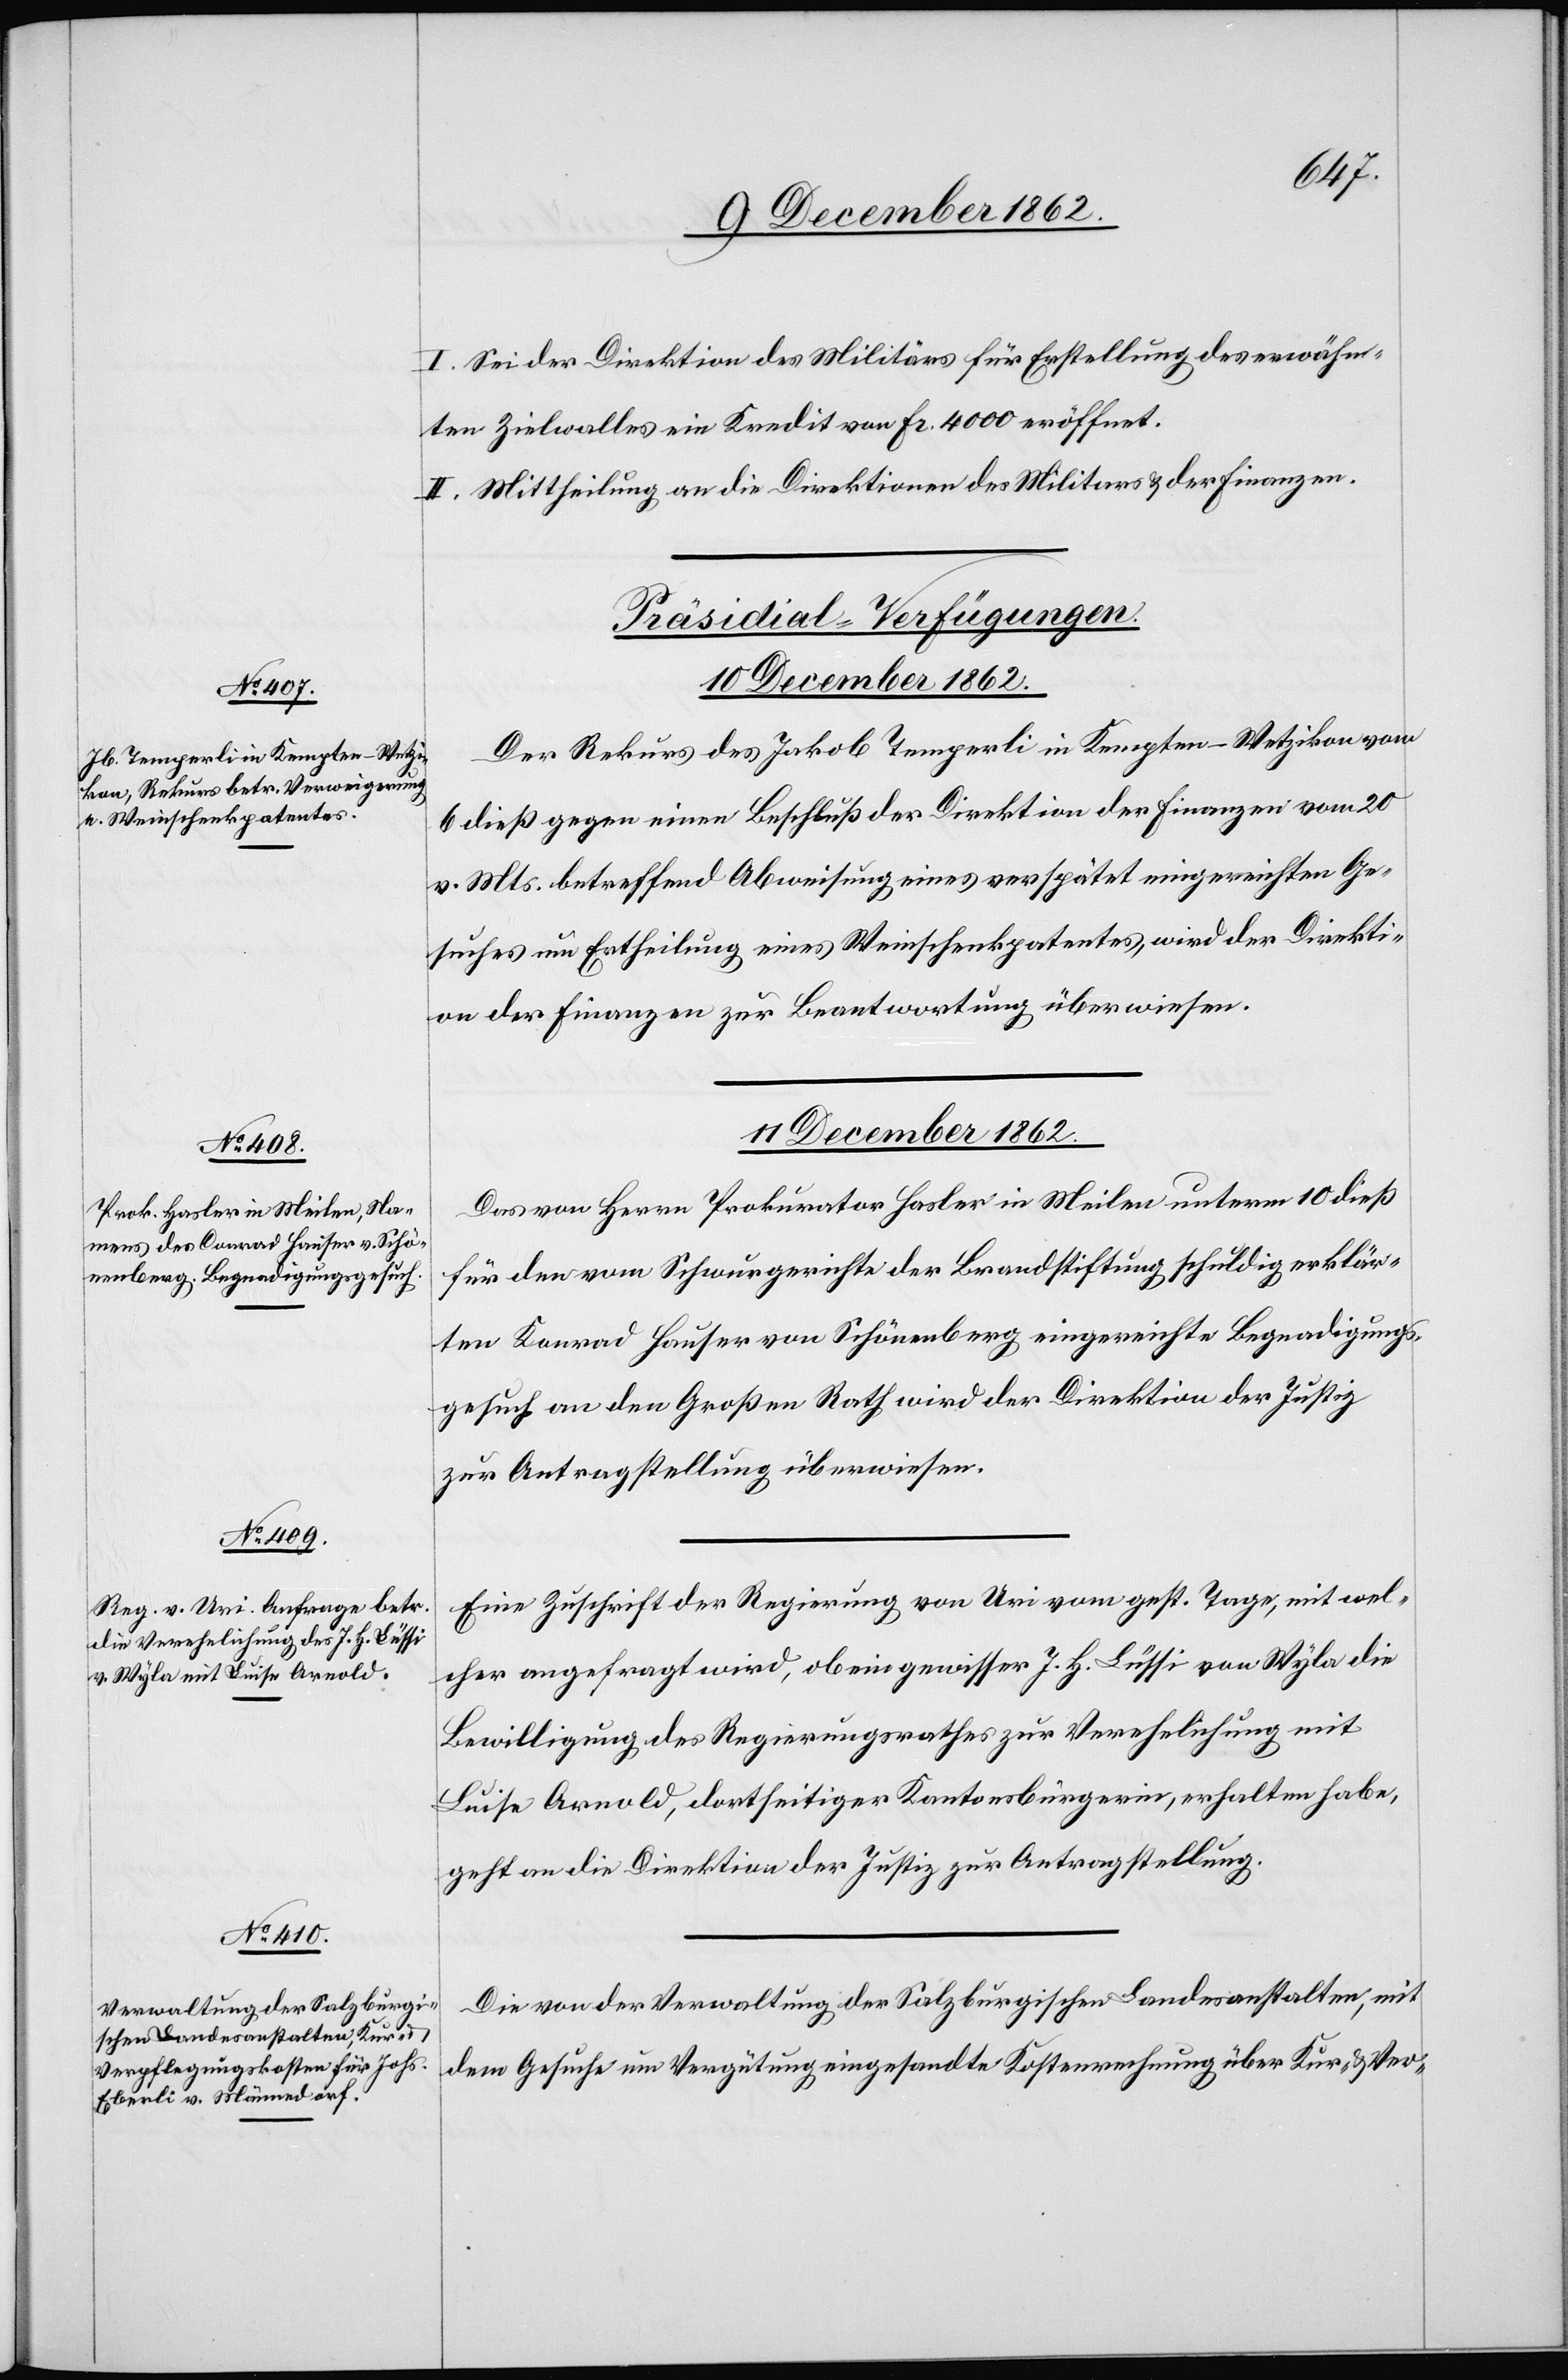
11. December 1862.]
I. Sei der Direktion des Militärs für Erstellung des erwähn¬
ten Zielwales ein Kredit von Fr. 4000 eröffnet.
II. Mittheilung an die Direktionen des Militärs u. der Finanzen.
[Präsidial-Verfügungen.
10. December 1862.
Der Rekurs des Jakob Temperli in Kempten-Wetzikon vom
6. dieß gegen einen Beschluß der Direktion der Finanzen vom 20.
v. Mts. betreffend Abweisung eines verspätet eingereichten Ge¬
suches um Ertheilung eines Weinschenkpatentes, wird der Direkti¬
on der Finanzen zur Beantwortung überwiesen.
11. December 1862.
Das von Herrn Prokurator Hasler in Meilen unterm 10. dieß
für den vom Schwurgerichte der Brandstiftung schuldig erklär¬
ten Konrad Hauser von Schönenberg eingereichte Begnadigungs¬
gesuch an den Großen Rath wird der Direktion der Justiz
zur Antragstellung überwiesen.
Eine Zuschrift der Regierung von Uri vom gest. Tage, mit wel¬
cher angefragt wird, ob ein gewisser J. H. Lüssi von Wyla die
Bewilligung des Regierungsrathes zur Verehelichung mit
Luise Arnold, dortseitiger Kantonsbürgerin, erhalten habe,
geht an die Direktion der Justiz zur Antragstellung.
Die von der Verwaltung der Salzburgischen Landesanstalten, mit
dem Gesuche um Vergütung eingesandte Kostenrechnung über Kur- u. Ver-